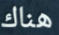
هناك